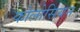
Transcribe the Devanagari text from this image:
कोलोसियन